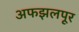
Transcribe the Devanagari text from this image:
अफझलपूर